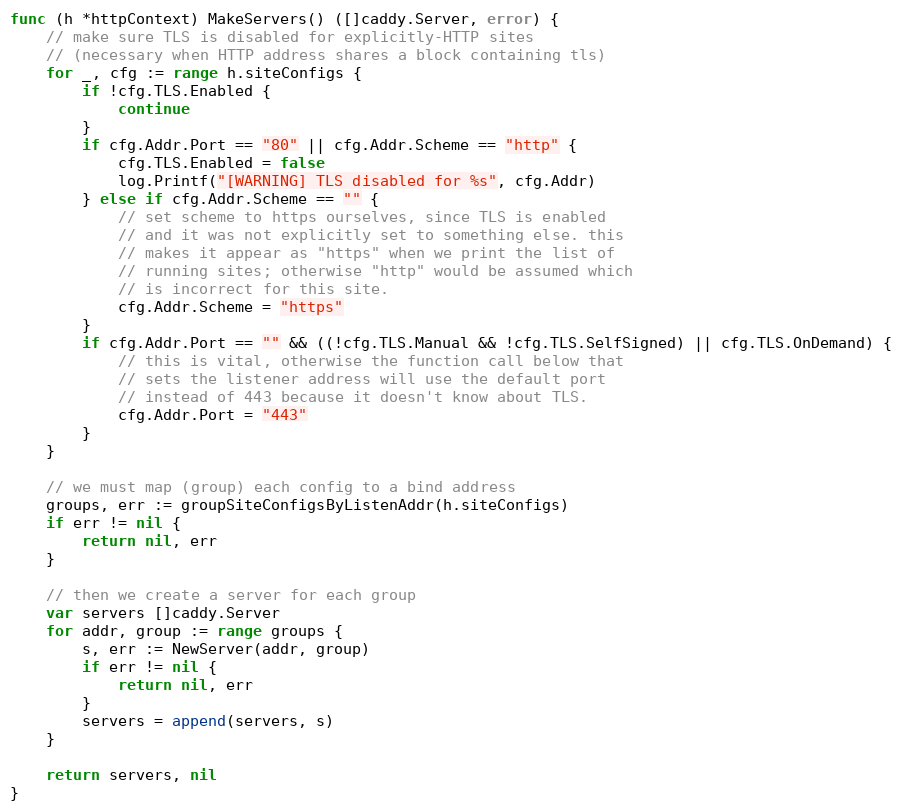
Language: Go
func (h *httpContext) MakeServers() ([]caddy.Server, error) {
	// make sure TLS is disabled for explicitly-HTTP sites
	// (necessary when HTTP address shares a block containing tls)
	for _, cfg := range h.siteConfigs {
		if !cfg.TLS.Enabled {
			continue
		}
		if cfg.Addr.Port == "80" || cfg.Addr.Scheme == "http" {
			cfg.TLS.Enabled = false
			log.Printf("[WARNING] TLS disabled for %s", cfg.Addr)
		} else if cfg.Addr.Scheme == "" {
			// set scheme to https ourselves, since TLS is enabled
			// and it was not explicitly set to something else. this
			// makes it appear as "https" when we print the list of
			// running sites; otherwise "http" would be assumed which
			// is incorrect for this site.
			cfg.Addr.Scheme = "https"
		}
		if cfg.Addr.Port == "" && ((!cfg.TLS.Manual && !cfg.TLS.SelfSigned) || cfg.TLS.OnDemand) {
			// this is vital, otherwise the function call below that
			// sets the listener address will use the default port
			// instead of 443 because it doesn't know about TLS.
			cfg.Addr.Port = "443"
		}
	}

	// we must map (group) each config to a bind address
	groups, err := groupSiteConfigsByListenAddr(h.siteConfigs)
	if err != nil {
		return nil, err
	}

	// then we create a server for each group
	var servers []caddy.Server
	for addr, group := range groups {
		s, err := NewServer(addr, group)
		if err != nil {
			return nil, err
		}
		servers = append(servers, s)
	}

	return servers, nil
}